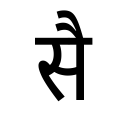
OCR:
सै